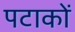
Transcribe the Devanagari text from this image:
पटाकों